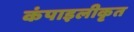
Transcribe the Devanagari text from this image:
कंपाइलीकृत